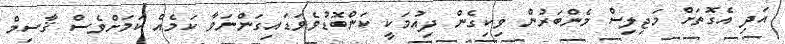
އަދި އެގޮތަށް މަޖިލިސް މެންބަރުން ވިކިގެން ދިއުމަކީ ކަންބޮޑުވެވަޑައިގަންނަވާ ކަމެއް ކަމަށްވެސް ޤާސިމް